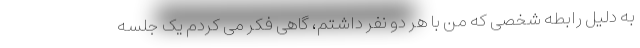
به دلیل رابطه شخصی که من با هر دو نفر داشتم، گاهی فکر می کردم یک جلسه